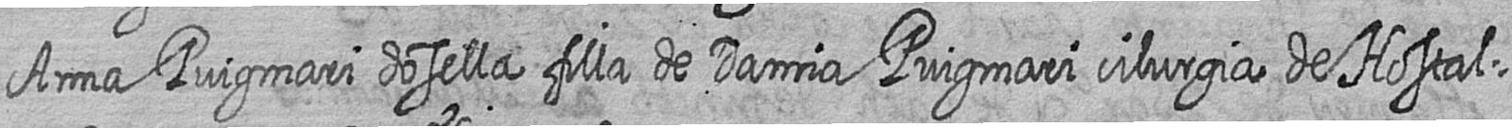
Anna Puigmari dosella filla de Damia Puigmari cilurgia de Hostal=